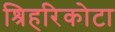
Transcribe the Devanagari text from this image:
श्रिहरिकोटा